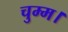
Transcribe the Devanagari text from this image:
चुम्म।